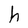
Character: h